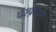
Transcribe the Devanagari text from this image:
परफ़ोरम